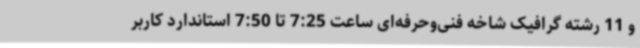
و 11 رشته گرافیک شاخه فنی‌وحرفه‌ای ساعت 7:25 تا 7:50 استاندارد کاربر